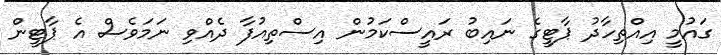
ގައުމީ އިއްތިހާދު ޕާޓީގެ ނައިބު ރައީސްކަމުން އިސްތިއުފާ ދެއްވި ނަމަވެސް އެ ޕާޓީން